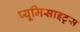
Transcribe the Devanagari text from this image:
प्यूमिसाइट्स